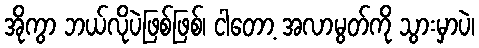
အိုကွာ ဘယ်လိုပဲဖြစ်ဖြစ်၊ ငါတော့ အလာမွတ်ကို သွားမှာပဲ၊